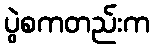
ပွဲစကတည်းက